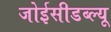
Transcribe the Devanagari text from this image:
जोईसीडब्ल्यू